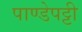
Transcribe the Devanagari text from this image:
पाण्डेपट्टी